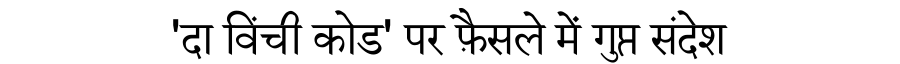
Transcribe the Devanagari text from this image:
'दा विंची कोड' पर फ़ैसले में गुप्त संदेश